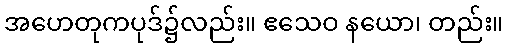
အဟေတုကပုဒ်၌လည်း။ ဧသေဝ နယော၊ တည်း။